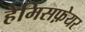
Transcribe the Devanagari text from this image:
हेमिसफ़ेयर